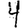
Digit: 4